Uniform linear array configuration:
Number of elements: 24
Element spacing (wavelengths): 0.5
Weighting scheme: kaiser
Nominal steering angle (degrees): -60
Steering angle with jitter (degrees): -60.526
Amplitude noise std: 0.05
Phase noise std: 0.05

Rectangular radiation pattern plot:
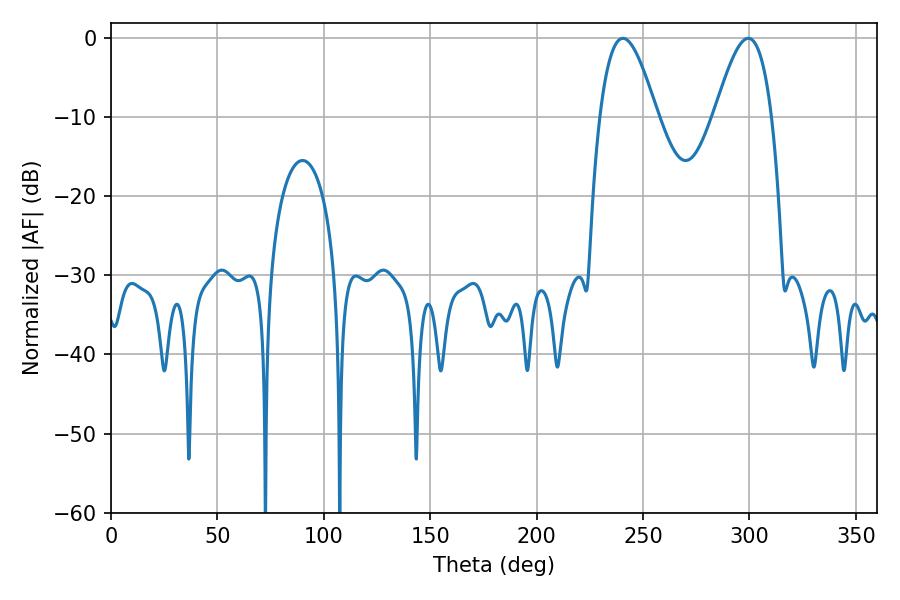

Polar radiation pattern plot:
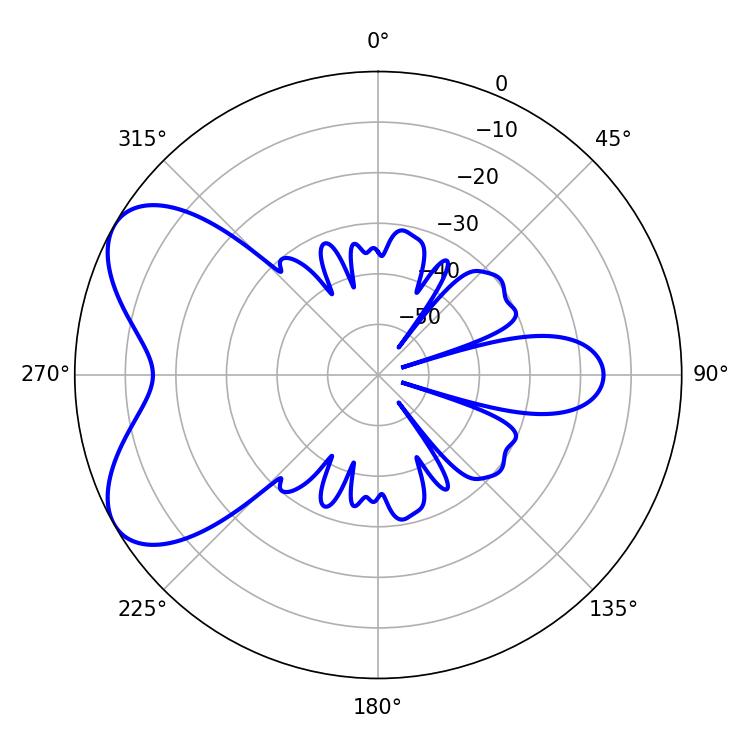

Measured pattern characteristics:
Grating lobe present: FALSE
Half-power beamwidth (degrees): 14.4
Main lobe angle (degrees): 240.48